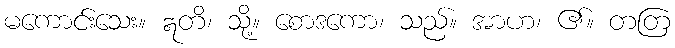
မကောင်းသေး။ ဣတိ၊ သို့။ စောဒကော၊ သည်။ အာဟ၊ ၏။ တတြ